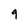
Character: 9